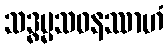
သဒ္ဓမ္မသဝနဿာဟံ